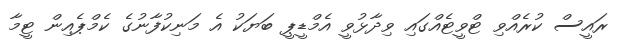
ރައީސް ކުރެއްވި ޓްވީޓެއްގައި ވިދާޅުވީ އެމްޑީޕީ ބަޔަކު އެ މަނިކުފާނުގެ ކެމްޕެއިން ޓީމާ